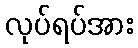
လုပ်ရပ်အား